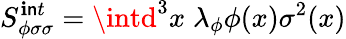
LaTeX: S_{\phi\sigma\sigma}^{\mathbf{i}\mathsf{n}t}=\intd^{3}x\; \lambda_{\phi}\phi(x)\sigma^{2}(x)